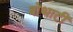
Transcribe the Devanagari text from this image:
बोथाटी